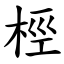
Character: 桱